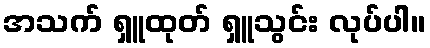
အသက် ရှူထုတ် ရှူသွင်း လုပ်ပါ။